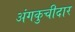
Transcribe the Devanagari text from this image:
अंगकुचीदार